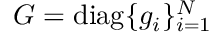
G = \mathrm { d i a g } \{ g _ { i } \} _ { i = 1 } ^ { N }